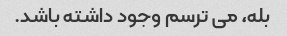
بله، می ترسم وجود داشته باشد.